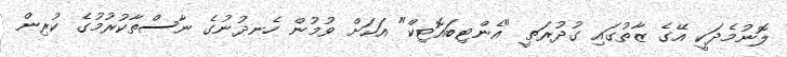
ލޮނުމެދަކީ އޭގެ ޒާތުގައި ގުދުރަތީ "އެންޓިބައޮޓިކް" އަކަށް ވުމުން ހެނދުނުގެ ނާސްތާކުރުމުގެ ކުރިން